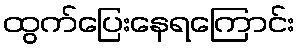
ထွက်ပြေးနေရကြောင်း